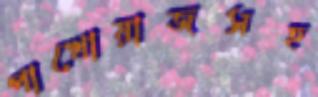
পাখোয়াজসহ